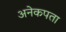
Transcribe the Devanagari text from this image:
अनेकपता